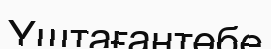
Үштағантөбе